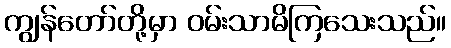
ကျွန်တော်တို့မှာ ဝမ်းသာမိကြသေးသည်။